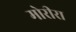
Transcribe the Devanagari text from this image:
मोरीरा